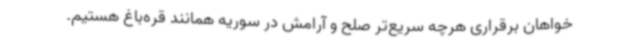
خواهان برقراری هرچه سریع‌تر صلح و آرامش در سوریه همانند قره‌باغ هستیم.